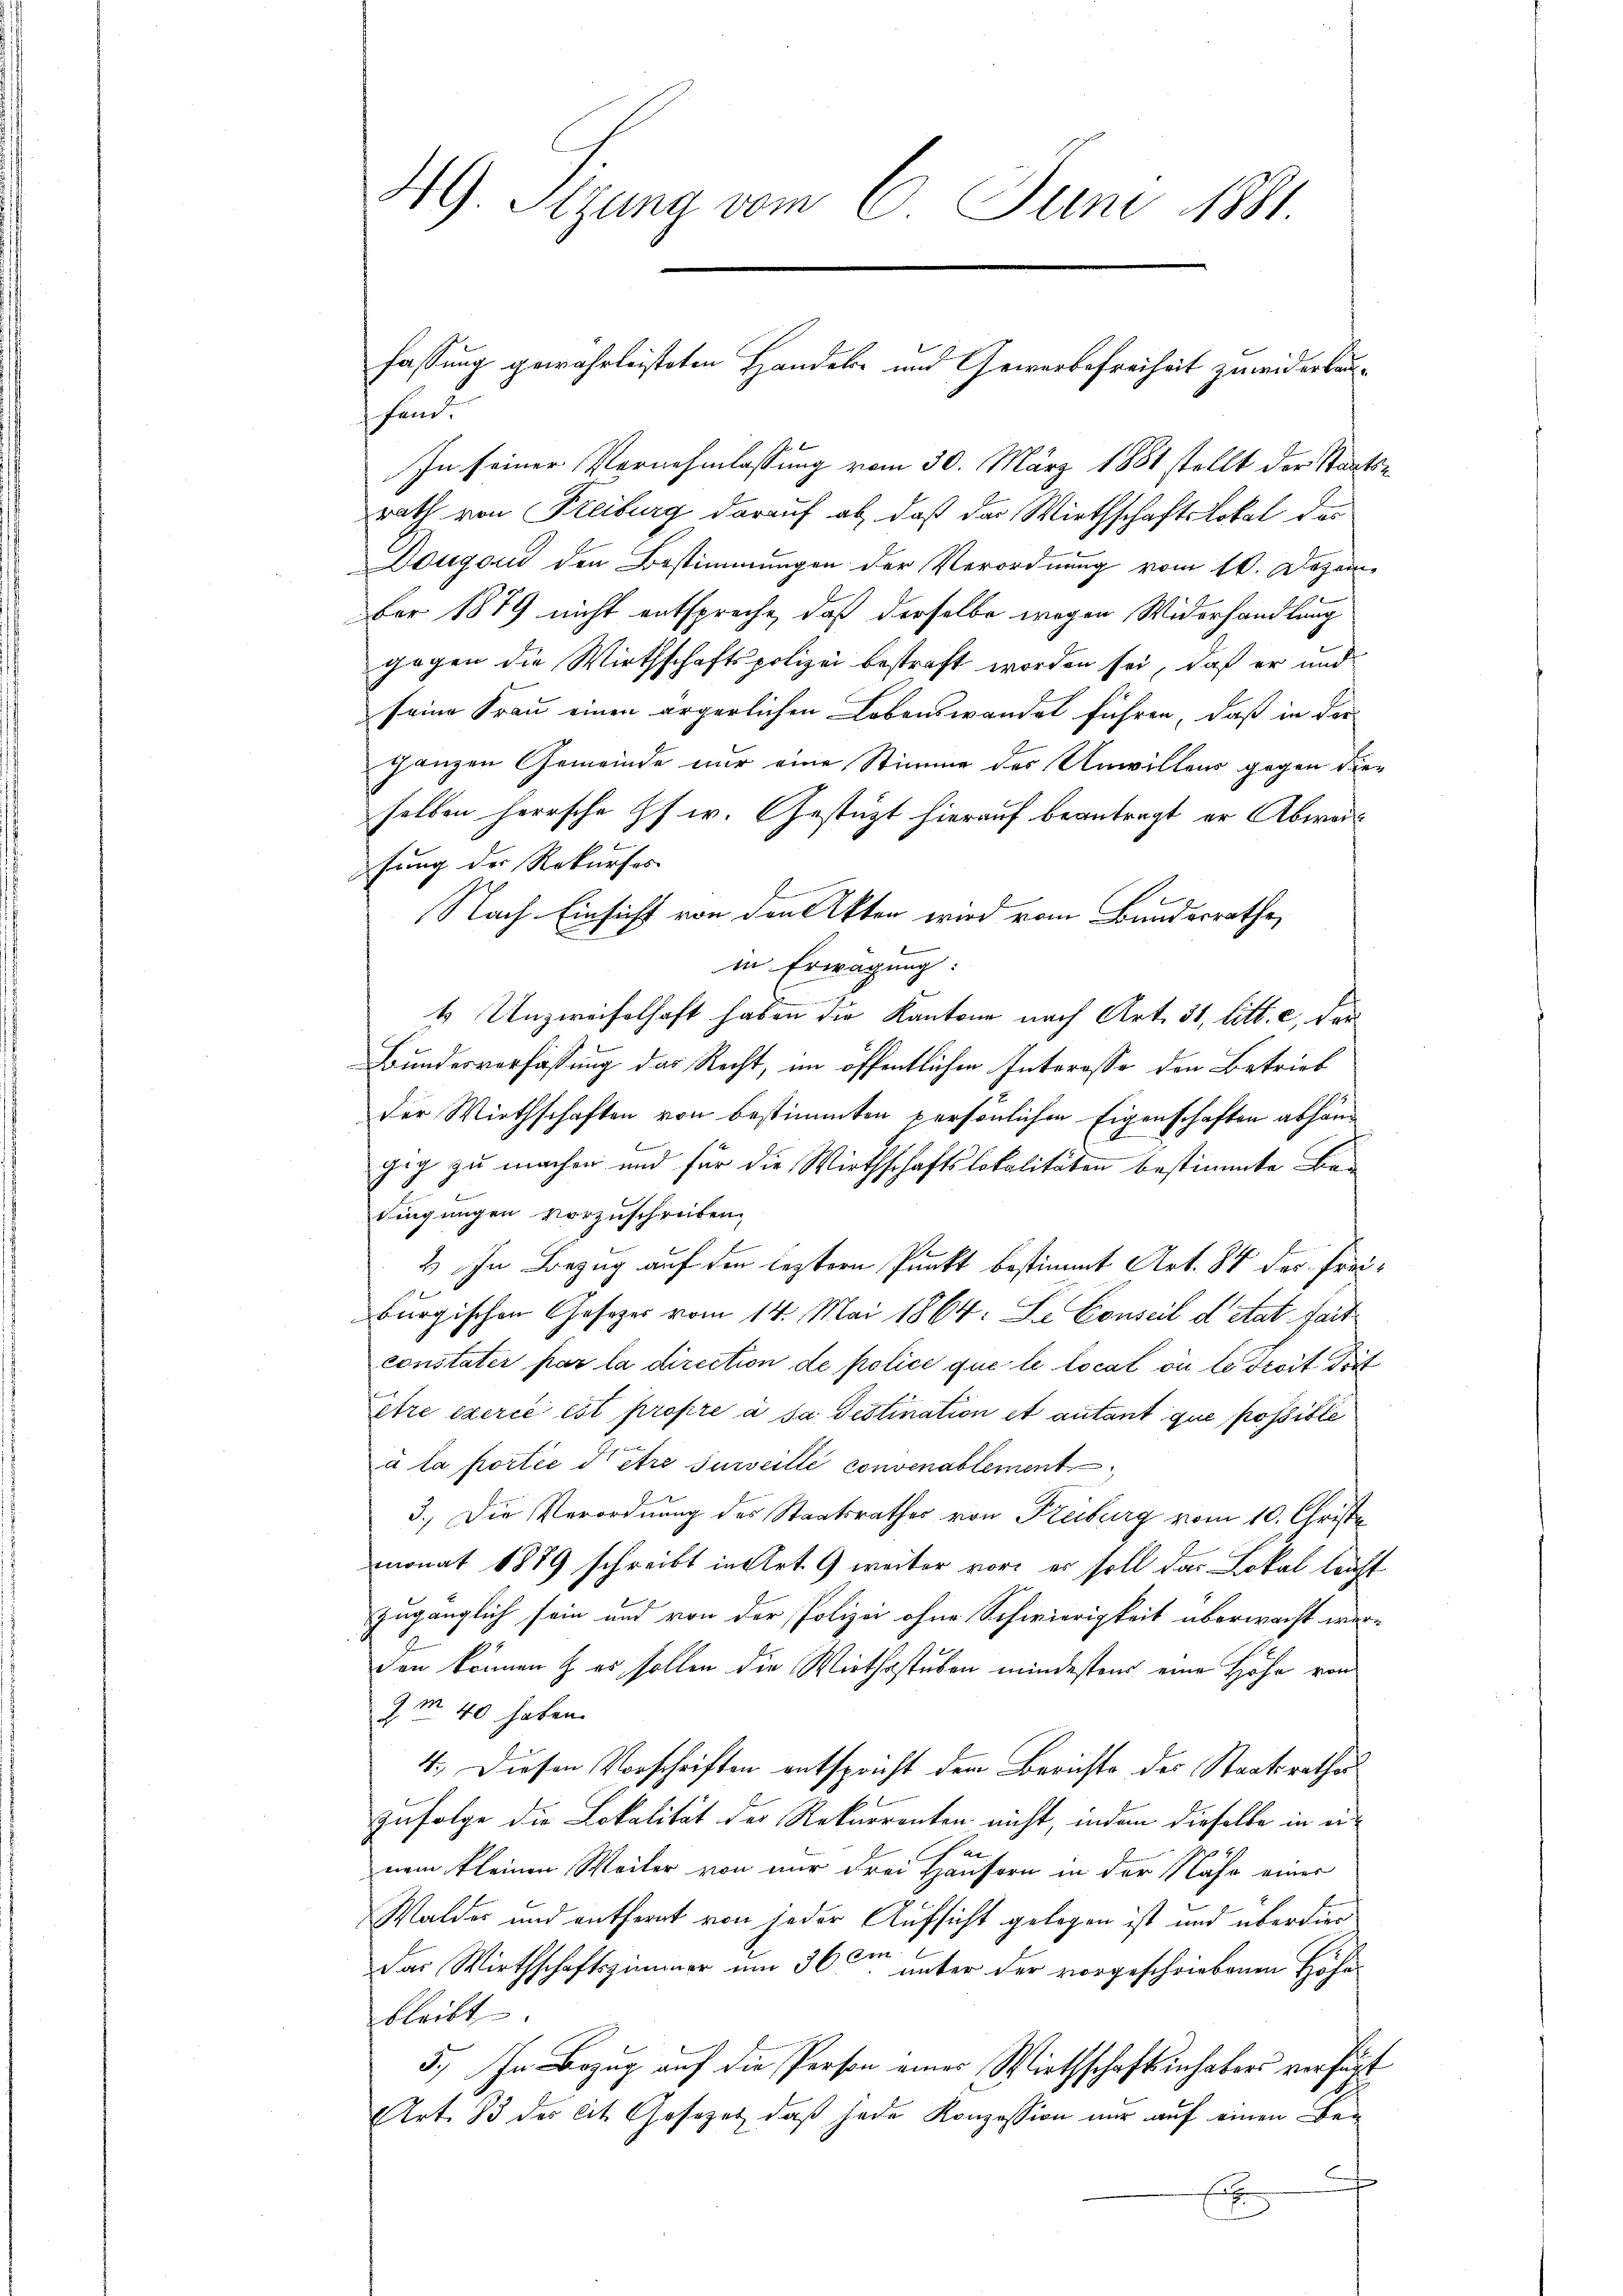
HG. Stzung vom 6. Juni 1881.

hin.
In seiner Vernehmlassung vom 30. März 1881 stellt der Staatsrath von Freiburg darauf ab, daß das Wirthschaftslokal das
Dougend den Bestimmungen der Verordnung vom 10. Dezember 1879 nicht entspreche, daß derselbe wegen Widerhandlung
gegen die Wirthschaftspolizei bestraft worden sei, daß er und
seine Frau einen ärgerlichen Lebenswandel führen, daß in der
ganzen Gemeinde nur eine Stimme des Unwillens gegen dieselben herrsche Pf. w. Gestützt hierauf beantragt er Abweis
fung der Rekurses
Nach Einsicht von den Akten wird vom Bundesrathe,
in Erwägung:
4 Unzweifelhaft haben die Kantone nach Art. 31, litt. c, der
Bundesverfassung das Recht, im öffentlichen Interesse den Betrieb
der Wirthschaften von bestimmten persönlichen Eigenschaften abhang
gig zu machen und für die Wirthschaftslokalitäten bestimmte Be-
dingungen vorzuschreiben
2) In Bezug auf den leztern Punkt bestimmt Art. 84 der Frei-
burgischen Gesetzes vom 14. Mai 1864. De Conseil detat fait
constater par la direction de police que le local ou le droit drit
être exerce est propre à sa distination et autant que possible
à la portie dere surveille convenablement
3.) Die Verordnung des Staatsrathes von Freiburg vom 10. Christa
monat 1889 schreibt in Art. 9 weiter vor, er soll das Lokal leicht
zugänglich sein und von der Polizei ohne Schwierigkeit überwacht werden können u. es sollen die Wirthsstuben mindestens eine Höhe von
Jm 40 haben.
4.) Diesen Vorschriften entspricht dem Berichte der Staatsrathes
zufolge die Lokalität der Rekurrenten nicht, indem dieselbe in ei¬
Pac
nem kleinen Weiler von nur drei Hausern in der Nähe einer
Waldes und entfernt von jeder Aufsicht gelegen ist und überdies
Das Wirthschaftszimmer um 36 ten unter der vorgeschriebenen Höhebleibt.
5.) In Bezug auf die Person einer Wirthschaftsinhabens verhärt
Art. 13 des lit. Gesezet, daß jede Konzession nur auf einen Be-
n
E

fassung gewährleisteten Handels und Gewerbefreiheit zuwiderbau¬